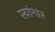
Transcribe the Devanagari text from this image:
स्य़ांगार